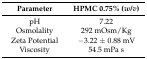
<table><thead><tr><td><b>Parameter</b></td><td><b>HPMC 0.75% (<i>w</i>/<i>v</i>)</b></td></tr></thead><tbody><tr><td>pH</td><td>7.22</td></tr><tr><td>Osmolality</td><td>292 mOsm/Kg</td></tr><tr><td>Zeta Potential</td><td>−3.22 ± 0.88 mV</td></tr><tr><td>Viscosity</td><td>54.5 mPa s</td></tr></tbody></table>